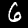
Digit: 6